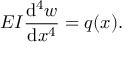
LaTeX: E I { \frac { \mathrm { d } ^ { 4 } w } { \mathrm { d } x ^ { 4 } } } = q ( x ) .